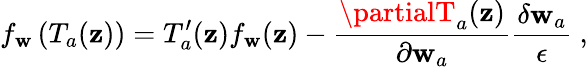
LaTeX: f_{\mathbf{w}}\left(T_{a}(\mathbf{z})\right)=T_{a}^{\prime}(\mathbf{z})f_{\mathbf{w}}(\mathbf{z})-\frac{{\partialT_{a}(\mathbf{z})}}{{\partial\mathbf{w}_{a}}}\frac{{\delta\mathbf{w}_{a}}}{{\epsilon}}\ ,